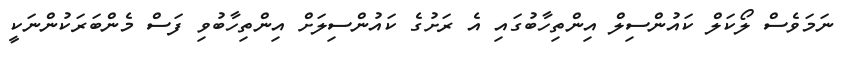
ނަމަވެސް ލޯކަލް ކައުންސިލް އިންތިހާބުގައި އެ ރަށުގެ ކައުންސިލަށް އިންތިހާބުވި ފަސް މެންބަރަކުންނަކީ